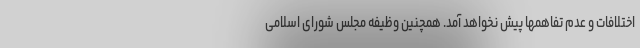
اختلافات و عدم تفاهمها پیش نخواهد آمد. همچنین وظیفه مجلس شورای اسلامی